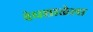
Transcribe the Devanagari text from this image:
वेधशाळेला